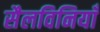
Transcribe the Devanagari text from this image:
सैलविनियाँ